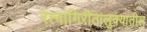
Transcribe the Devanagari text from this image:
रत्‍नागिरीतालुक्यातील